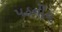
પઠનીય